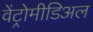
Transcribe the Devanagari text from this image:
वेंट्रोमीडिअल